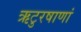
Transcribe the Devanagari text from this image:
ऋटुरषाणां